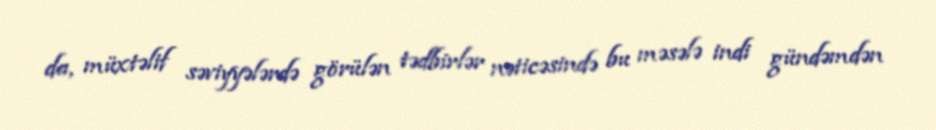
da, müxtəlif səviyyələrdə görülən tədbirlər nəticəsində bu məsələ indi gündəmdən